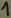
Text: 1